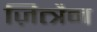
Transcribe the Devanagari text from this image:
ज़ित्त्रैन